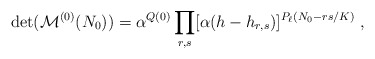
\begin{align*} \det({\cal M}^{(0)} ( N_0 ))=\alpha^{Q(0)} \prod_{r,s}[\alpha(h-h_{r,s})]^{P_\ell (N_0 -rs/K)}{}~,\end{align*}